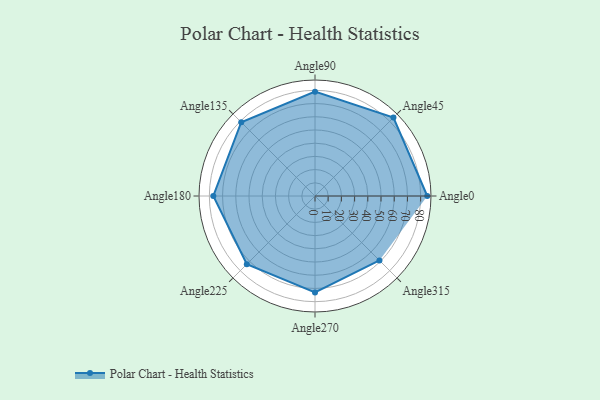
{"axis": {"x": "Angle", "y": "Radius"}, "legend": [""], "data": [{"x": "Angle0", "y": 85.0, "type": ""}, {"x": "Angle45", "y": 84.0, "type": ""}, {"x": "Angle90", "y": 79.0, "type": ""}, {"x": "Angle135", "y": 79.0, "type": ""}, {"x": "Angle180", "y": 77.0, "type": ""}, {"x": "Angle225", "y": 73.0, "type": ""}, {"x": "Angle270", "y": 73.0, "type": ""}, {"x": "Angle315", "y": 69.0, "type": ""}]}